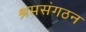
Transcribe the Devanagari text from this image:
श्रमसंगठन